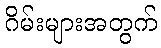
ဂိမ်းများအတွက်